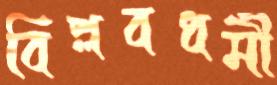
বিপ্লবধর্মী